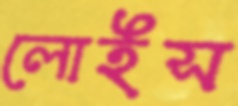
লোইস